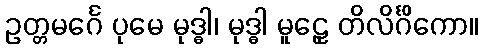
ဥတ္တမင်္ဂေ ပုမေ မုဒ္ဓါ၊ မုဒ္ဓါ မူဠှေ တိလိင်္ဂိကော။